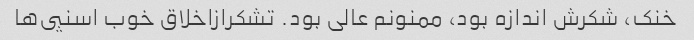
خنک، شکرش اندازه بود، ممنونم عالى بود. تشکرازاخلاق خوب اسنپى‌ها